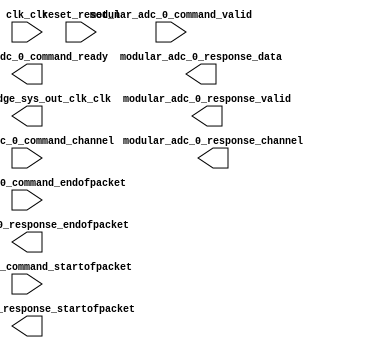
// adc_qsys.v

// Generated using ACDS version 15.0 145

`timescale 1 ps / 1 ps
module adc_qsys (
		input  wire        clk_clk,                              //                      clk.clk
		output wire        clock_bridge_sys_out_clk_clk,         // clock_bridge_sys_out_clk.clk
		input  wire        modular_adc_0_command_valid,          //    modular_adc_0_command.valid
		input  wire [4:0]  modular_adc_0_command_channel,        //                         .channel
		input  wire        modular_adc_0_command_startofpacket,  //                         .startofpacket
		input  wire        modular_adc_0_command_endofpacket,    //                         .endofpacket
		output wire        modular_adc_0_command_ready,          //                         .ready
		output wire        modular_adc_0_response_valid,         //   modular_adc_0_response.valid
		output wire [4:0]  modular_adc_0_response_channel,       //                         .channel
		output wire [11:0] modular_adc_0_response_data,          //                         .data
		output wire        modular_adc_0_response_startofpacket, //                         .startofpacket
		output wire        modular_adc_0_response_endofpacket,   //                         .endofpacket
		input  wire        reset_reset_n                         //                    reset.reset_n
	);

	wire    altpll_sys_c1_clk;                  // altpll_sys:c1 -> modular_adc_0:adc_pll_clock_clk
	wire    altpll_sys_locked_conduit_export;   // altpll_sys:locked -> modular_adc_0:adc_pll_locked_export
	wire    rst_controller_reset_out_reset;     // rst_controller:reset_out -> altpll_sys:reset
	wire    rst_controller_001_reset_out_reset; // rst_controller_001:reset_out -> modular_adc_0:reset_sink_reset_n

	`ifdef IS_ALTERA
	adc_qsys_altpll_sys altpll_sys (
		.clk       (clk_clk),                          //       inclk_interface.clk
		.reset     (rst_controller_reset_out_reset),   // inclk_interface_reset.reset
		.read      (),                                 //             pll_slave.read
		.write     (),                                 //                      .write
		.address   (),                                 //                      .address
		.readdata  (),                                 //                      .readdata
		.writedata (),                                 //                      .writedata
		.c0        (clock_bridge_sys_out_clk_clk),     //                    c0.clk
		.c1        (altpll_sys_c1_clk),                //                    c1.clk
		.areset    (),                                 //        areset_conduit.export
		.locked    (altpll_sys_locked_conduit_export), //        locked_conduit.export
		.phasedone ()                                  //     phasedone_conduit.export
	);

	adc_qsys_modular_adc_0 #(
		.is_this_first_or_second_adc (2)
	) modular_adc_0 (
		.clock_clk              (clock_bridge_sys_out_clk_clk),         //          clock.clk
		.reset_sink_reset_n     (~rst_controller_001_reset_out_reset),  //     reset_sink.reset_n
		.adc_pll_clock_clk      (altpll_sys_c1_clk),                    //  adc_pll_clock.clk
		.adc_pll_locked_export  (altpll_sys_locked_conduit_export),     // adc_pll_locked.export
		.command_valid          (modular_adc_0_command_valid),          //        command.valid
		.command_channel        (modular_adc_0_command_channel),        //               .channel
		.command_startofpacket  (modular_adc_0_command_startofpacket),  //               .startofpacket
		.command_endofpacket    (modular_adc_0_command_endofpacket),    //               .endofpacket
		.command_ready          (modular_adc_0_command_ready),          //               .ready
		.response_valid         (modular_adc_0_response_valid),         //       response.valid
		.response_channel       (modular_adc_0_response_channel),       //               .channel
		.response_data          (modular_adc_0_response_data),          //               .data
		.response_startofpacket (modular_adc_0_response_startofpacket), //               .startofpacket
		.response_endofpacket   (modular_adc_0_response_endofpacket)    //               .endofpacket
	);

	altera_reset_controller #(
		.NUM_RESET_INPUTS          (1),
		.OUTPUT_RESET_SYNC_EDGES   ("deassert"),
		.SYNC_DEPTH                (2),
		.RESET_REQUEST_PRESENT     (0),
		.RESET_REQ_WAIT_TIME       (1),
		.MIN_RST_ASSERTION_TIME    (3),
		.RESET_REQ_EARLY_DSRT_TIME (1),
		.USE_RESET_REQUEST_IN0     (0),
		.USE_RESET_REQUEST_IN1     (0),
		.USE_RESET_REQUEST_IN2     (0),
		.USE_RESET_REQUEST_IN3     (0),
		.USE_RESET_REQUEST_IN4     (0),
		.USE_RESET_REQUEST_IN5     (0),
		.USE_RESET_REQUEST_IN6     (0),
		.USE_RESET_REQUEST_IN7     (0),
		.USE_RESET_REQUEST_IN8     (0),
		.USE_RESET_REQUEST_IN9     (0),
		.USE_RESET_REQUEST_IN10    (0),
		.USE_RESET_REQUEST_IN11    (0),
		.USE_RESET_REQUEST_IN12    (0),
		.USE_RESET_REQUEST_IN13    (0),
		.USE_RESET_REQUEST_IN14    (0),
		.USE_RESET_REQUEST_IN15    (0),
		.ADAPT_RESET_REQUEST       (0)
	) rst_controller (
		.reset_in0      (~reset_reset_n),                 // reset_in0.reset
		.clk            (clk_clk),                        //       clk.clk
		.reset_out      (rst_controller_reset_out_reset), // reset_out.reset
		.reset_req      (),                               // (terminated)
		.reset_req_in0  (1'b0),                           // (terminated)
		.reset_in1      (1'b0),                           // (terminated)
		.reset_req_in1  (1'b0),                           // (terminated)
		.reset_in2      (1'b0),                           // (terminated)
		.reset_req_in2  (1'b0),                           // (terminated)
		.reset_in3      (1'b0),                           // (terminated)
		.reset_req_in3  (1'b0),                           // (terminated)
		.reset_in4      (1'b0),                           // (terminated)
		.reset_req_in4  (1'b0),                           // (terminated)
		.reset_in5      (1'b0),                           // (terminated)
		.reset_req_in5  (1'b0),                           // (terminated)
		.reset_in6      (1'b0),                           // (terminated)
		.reset_req_in6  (1'b0),                           // (terminated)
		.reset_in7      (1'b0),                           // (terminated)
		.reset_req_in7  (1'b0),                           // (terminated)
		.reset_in8      (1'b0),                           // (terminated)
		.reset_req_in8  (1'b0),                           // (terminated)
		.reset_in9      (1'b0),                           // (terminated)
		.reset_req_in9  (1'b0),                           // (terminated)
		.reset_in10     (1'b0),                           // (terminated)
		.reset_req_in10 (1'b0),                           // (terminated)
		.reset_in11     (1'b0),                           // (terminated)
		.reset_req_in11 (1'b0),                           // (terminated)
		.reset_in12     (1'b0),                           // (terminated)
		.reset_req_in12 (1'b0),                           // (terminated)
		.reset_in13     (1'b0),                           // (terminated)
		.reset_req_in13 (1'b0),                           // (terminated)
		.reset_in14     (1'b0),                           // (terminated)
		.reset_req_in14 (1'b0),                           // (terminated)
		.reset_in15     (1'b0),                           // (terminated)
		.reset_req_in15 (1'b0)                            // (terminated)
	);

	altera_reset_controller #(
		.NUM_RESET_INPUTS          (1),
		.OUTPUT_RESET_SYNC_EDGES   ("deassert"),
		.SYNC_DEPTH                (2),
		.RESET_REQUEST_PRESENT     (0),
		.RESET_REQ_WAIT_TIME       (1),
		.MIN_RST_ASSERTION_TIME    (3),
		.RESET_REQ_EARLY_DSRT_TIME (1),
		.USE_RESET_REQUEST_IN0     (0),
		.USE_RESET_REQUEST_IN1     (0),
		.USE_RESET_REQUEST_IN2     (0),
		.USE_RESET_REQUEST_IN3     (0),
		.USE_RESET_REQUEST_IN4     (0),
		.USE_RESET_REQUEST_IN5     (0),
		.USE_RESET_REQUEST_IN6     (0),
		.USE_RESET_REQUEST_IN7     (0),
		.USE_RESET_REQUEST_IN8     (0),
		.USE_RESET_REQUEST_IN9     (0),
		.USE_RESET_REQUEST_IN10    (0),
		.USE_RESET_REQUEST_IN11    (0),
		.USE_RESET_REQUEST_IN12    (0),
		.USE_RESET_REQUEST_IN13    (0),
		.USE_RESET_REQUEST_IN14    (0),
		.USE_RESET_REQUEST_IN15    (0),
		.ADAPT_RESET_REQUEST       (0)
	) rst_controller_001 (
		.reset_in0      (~reset_reset_n),                     // reset_in0.reset
		.clk            (clock_bridge_sys_out_clk_clk),       //       clk.clk
		.reset_out      (rst_controller_001_reset_out_reset), // reset_out.reset
		.reset_req      (),                                   // (terminated)
		.reset_req_in0  (1'b0),                               // (terminated)
		.reset_in1      (1'b0),                               // (terminated)
		.reset_req_in1  (1'b0),                               // (terminated)
		.reset_in2      (1'b0),                               // (terminated)
		.reset_req_in2  (1'b0),                               // (terminated)
		.reset_in3      (1'b0),                               // (terminated)
		.reset_req_in3  (1'b0),                               // (terminated)
		.reset_in4      (1'b0),                               // (terminated)
		.reset_req_in4  (1'b0),                               // (terminated)
		.reset_in5      (1'b0),                               // (terminated)
		.reset_req_in5  (1'b0),                               // (terminated)
		.reset_in6      (1'b0),                               // (terminated)
		.reset_req_in6  (1'b0),                               // (terminated)
		.reset_in7      (1'b0),                               // (terminated)
		.reset_req_in7  (1'b0),                               // (terminated)
		.reset_in8      (1'b0),                               // (terminated)
		.reset_req_in8  (1'b0),                               // (terminated)
		.reset_in9      (1'b0),                               // (terminated)
		.reset_req_in9  (1'b0),                               // (terminated)
		.reset_in10     (1'b0),                               // (terminated)
		.reset_req_in10 (1'b0),                               // (terminated)
		.reset_in11     (1'b0),                               // (terminated)
		.reset_req_in11 (1'b0),                               // (terminated)
		.reset_in12     (1'b0),                               // (terminated)
		.reset_req_in12 (1'b0),                               // (terminated)
		.reset_in13     (1'b0),                               // (terminated)
		.reset_req_in13 (1'b0),                               // (terminated)
		.reset_in14     (1'b0),                               // (terminated)
		.reset_req_in14 (1'b0),                               // (terminated)
		.reset_in15     (1'b0),                               // (terminated)
		.reset_req_in15 (1'b0)                                // (terminated)
	);
	`endif

endmodule